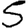
Digit: 5